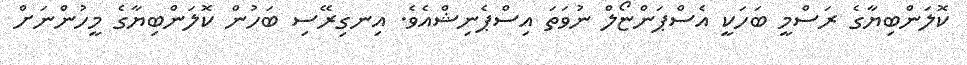
ކޮލަންބިޔާގެ ރަސްމީ ބަހަކީ އެސްޕަންޏޯލް ނުވަތަ އިސްޕެނިޝްއެވެ. އިނގިރޭސި ބަހުން ކޮލަންބިޔާގެ މީހުންނަށް